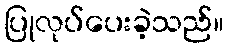
ပြုလုပ်ပေးခဲ့သည်။